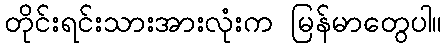
တိုင်းရင်းသားအားလုံးက မြန်မာတွေပါ။